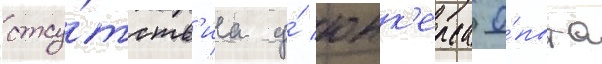
отсу́тств'иа у́ юнк'ерса о́пыта